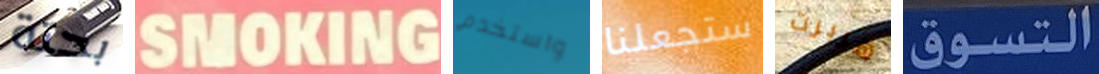
بحتة SMOKING واستخدم ستجعلنا هربرت التسوق